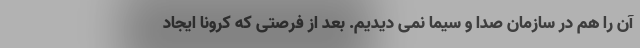
آن را هم در سازمان صدا و سیما نمی دیدیم. بعد از فرصتی که کرونا ایجاد